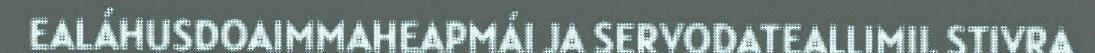
EALÁHUSDOAIMMAHEAPMÁI JA SERVODATEALLIMII. STIVRA